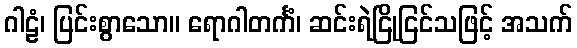
ဂါဠံ၊ ပြင်းစွာသော။ ရောဂါတင်္ကံ၊ ဆင်းရဲငြိုငြင်သဖြင့် အသက်